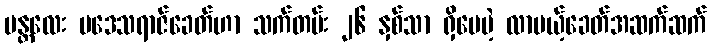
မန္တလေး ပဒေသရာဇ်ခေတ်ဟာ သက်တမ်း ၂၆ နှစ်သာ ရှိပေမဲ့ လာမယ့်ခေတ်အဆက်ဆက်